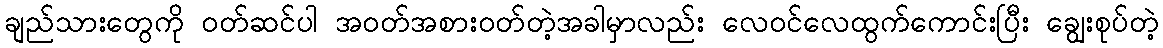
ချည်သားတွေကို ဝတ်ဆင်ပါ အဝတ်အစားဝတ်တဲ့အခါမှာလည်း လေဝင်လေထွက်ကောင်းပြီး ချွေးစုပ်တဲ့